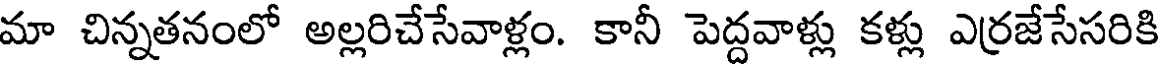
మా చిన్నతనంలో అల్లరిచేసేవాళ్లం. కానీ పెద్దవాళ్లు కళ్లు ఎర్రజేసేసరికి